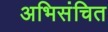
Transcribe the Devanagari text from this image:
अभिसंचित